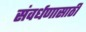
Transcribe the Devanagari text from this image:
संवर्धणासाठी